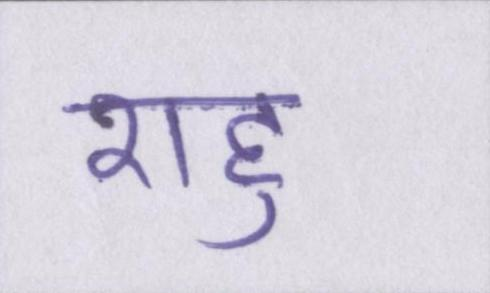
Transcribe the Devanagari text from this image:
राहु